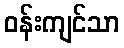
ဝန်းကျင်သာ